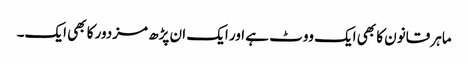
ماہر قانون کا بھی ایک ووٹ ہے اور ایک ان پڑھ مزدور کا بھی ایک۔